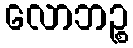
လောဘဉ္စ